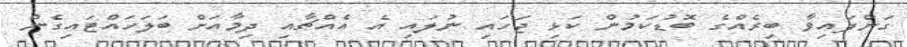
ގަންފައިވާ ބިރެއްގެ ބޮޑުކަމުން ކަޅި ޖަހައި ނުލައި އެ އެއްޗާއި ދިމާއަށް ބަލަހައްޓައިގެން